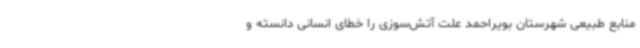
منابع طبیعی شهرستان بویراحمد علت آتش‌سوزی را خطای انسانی دانسته و